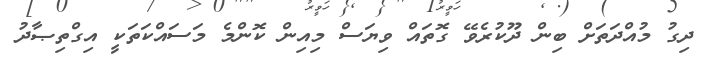
ދިގު މުއްދަތަށް ބިން ދޫކުރެވޭ ގޮތައް ވިޔަސް މިއިން ކޮންމެ މަސައްކަތަކީ އިގްތިޞާދު